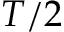
T / 2